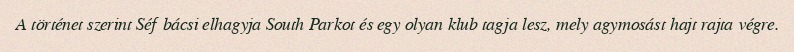
A történet szerint Séf bácsi elhagyja South Parkot és egy olyan klub tagja lesz, mely agymosást hajt rajta végre.